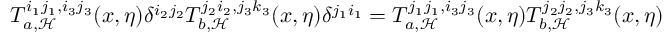
T _ { a , \mathcal { H } } ^ { i _ { 1 } j _ { 1 } , i _ { 3 } j _ { 3 } } ( x , \boldsymbol { \eta } ) \delta ^ { i _ { 2 } j _ { 2 } } T _ { b , \mathcal { H } } ^ { j _ { 2 } i _ { 2 } , j _ { 3 } k _ { 3 } } ( x , \boldsymbol { \eta } ) \delta ^ { j _ { 1 } i _ { 1 } } = T _ { a , \mathcal { H } } ^ { j _ { 1 } j _ { 1 } , i _ { 3 } j _ { 3 } } ( x , \boldsymbol { \eta } ) T _ { b , \mathcal { H } } ^ { j _ { 2 } j _ { 2 } , j _ { 3 } k _ { 3 } } ( x , \boldsymbol { \eta } )